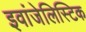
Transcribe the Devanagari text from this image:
इवांजेलिस्टिक